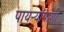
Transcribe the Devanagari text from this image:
पायऱ्यांपाशी